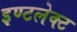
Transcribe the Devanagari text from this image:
इण्टलेक्ट